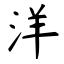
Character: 洋